Report of the King Institute of Preventive Medicine, Guindy
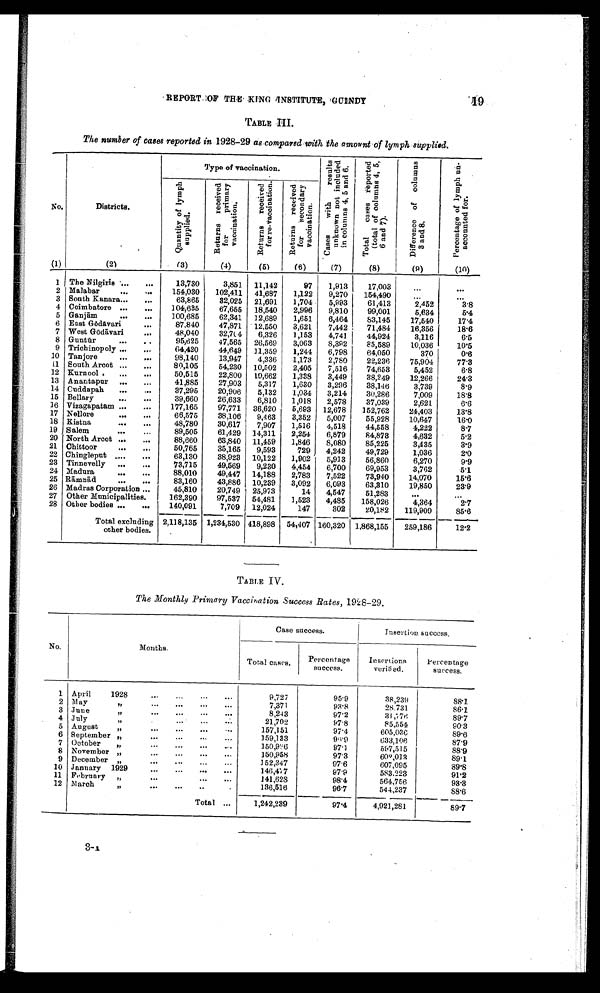
REPORT OF THE KING INSTITUTE, GUINDY
19
TABLE III.
The number of cases reported in 1928-29 as compared with the amount of lymph supplied.
No.
Districts.
Type of vaccination.
C a s e s w i t h r e s u l t s
u n k n o w n n o t i
n c l u d e d
i n c o l u m n s 4 , 5 a n d 6 .
T o t a l c a s e s r e p o r t e d
(total of
c o l u m n s 4 , 5 , 6 a n d 7 ) .
D i f f e r e n c e
o f c o l u m n s 3
a n d
8 .
p e c e n t a g e
o f
l y m p h
u n - a c c o u n t e d
f o r .
Q u a n t i t y
o f
l y m p h
s u p p l i e d
Returns received Returns
for
received
primary
forre-
v a c c i n a t i o n v a c c i n a a t i o n
R e t u r n s r e c e i v e d
s e c o n d a r y
v a c c i n a t i o n .
(1)
(21
(3)
(4)
(5)
(6)
(7)
(8)
(9)
(10)
1 The Nilgiris
. . . .
. . .
13,730
3,851.
11,142
97
1,913
17,003
...
. . .
2 Malabar
....
...
154,030
102,411
41,687
1,122
9,270
154,490
...
..
3 South Kanara...
...
63,865
32,025
21,691
1,704
5,993
61,413
2,452
3.8
4 Coimbatore ...
...
104,635
67,655
18,540
2,996
9,810
99,001
5,634
5.4
5 Ganj ām
...
. . .
100,685
62,341
12,689
1,651
6,464
83,145
17,540
17.4
6 East Gō dāvari
. . .
87.840
47,871
12,550
3,621
7,442
71,484
16,356
18.6
7 West Gō dāvari
...
48,040
32,70 4
6,326
1,153
4,741
44,924
3,116
6.5
8 Guntū r
...
. .
95,625
47,565
26,569
3,063
8,392
85,589
10,036
10.5
9 Trichinopoly ...
...
64,420
44,649
11,359
1,244
6,798
64,050
370
0.6
10 Tanjore
...
. . . .
98,140
13,947
4,336
1,173
2,780
22,236
75,904
77.3
11 South Arcot ...
...
8 0,1 05
54,230
10,502
2,405
7,516
74,653
5,452
6.8
12 Kurnool .
...
...
50,515
22,800
10,662
1,338
3,449
38,249
12,266
24.3
13 Anantapur
...
. . .
41,885
27,903
5,317
1,630
3,296
38,146
3,739
8.9
14 Cuddapah
...
...
37,295
20,906
5,132
1,034
3,214
30,286
7,009
18.8
15 Bellary
...
. . .
39,660
26,633
6,810
1,018
2,578
37,039
2,621
6.6
16 Vizagapatam ...
...
177,165
97,771
36,620
5,693
12,678
152,762
24,403
13.8
17 Nellore
.... ...
66,575
38,106
9,463
3,352
5,007
55,928
10,647
1.6.0
18 Kistna
..
. . . .
48,780
30,617
7,907
1,516
4,518
44,558
4,222
8.7
19 S alem
...
...
89,505
61,429
14,311
2,254
6,879
84,878
4,632
5.2
20 North Arcot ...
...
88,660
63,840
11,459
1,846
8,080
85,225
3,435
3.9
21 Chittoor
...
...
50,765
35,165
9,593
729
4,242
49,729
1,036
2.0
22 Chingleput .....
...
63,130
38,923
10,122
1,902
5,913
56,860
6,270
9.9
23 Tinnevelly
...
...
73,715
49,569
9,230
4,454
6,700
69,953
3,762
5.1
24 Madura
...
. . .
88,010
49,447
14,188
2,783
7,522
73,940
14,070
15.6
25 Rāmnād
...
. . .
83,160
43,886
10,239
3,092
6,093
63,310
19,850
23.9
26 Madras Corporation ...
45,810
20,749
25,973
14
4,547
51,283
. . .
. . .
27 Other Municipalities.
162,390
97,537
54,481
1,523
4,485
158,026
4,364
2.7
28 Other bodies ...
...
140,091
7,709
12,024
147
302
20,182
119,909
85.6
Total excluding 2,118,135 1,234,530 418,898
54,407 160,320 1,868,155
259,186
12.2
other bodies.
TABLE IV.
The Monthly Primary Vaccination Success Rates, 1928-29.
No.
Months.
Case success.
insertion success.
Total cases.
Percentage
success.
Insertions
veritied.
Percentage
success.
1 April
1928
...
...
...
. . .
9,727
95.9
38,239
88.1
2 May
"
...
...
...
...
7,371
93.8
28.731
86.1
3 June
"
...
...
...
...
8,243
97.2
31,.,776
89.7
4 July
"
...
. . .
21,702
97.8
85,554
90.3
5 August
"
...
...
...
157,151
97.4
605,036
89.6
6 September „
...
...
...
. . .
159,133
96.9
633,106
87.9
7 October "
...
...
...
.,.
150,986..
97 . 1
597,515
88.9
8 November "
...
...
...
...
150,958
97.3
602,013
89.1
9 December "
...
...
...
..,
152,347
97.6
607,095
89.8
10 January 1929
...
...
...
.. .
146,477
97.9
583.223
91.2
11 February
"
...
...
...
141,628
98.4
564,756
93.3
12 March
"
... ... ..
136,516
96.7
594,237
88.6
Total ...
1,242,239
97.4
4,921,281
89.7
3-1